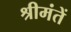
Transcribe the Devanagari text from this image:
श्रीमंतें